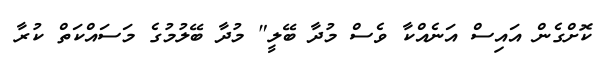
ކޮށްގެން އައިސް އަނެއްކާ ވެސް މުދާ ބޭލީ" މުދާ ބޭލުމުގެ މަސައްކަތް ކުރާ